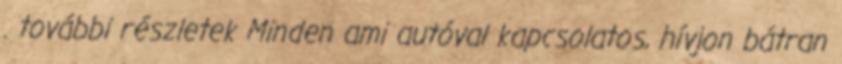
. további részletek Minden ami autóval kapcsolatos, hívjon bátran